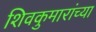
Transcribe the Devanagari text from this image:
शिवकुमारांच्या